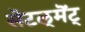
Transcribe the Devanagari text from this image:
सॆटल्‌मॆंट्